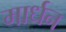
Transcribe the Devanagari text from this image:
मार्धन